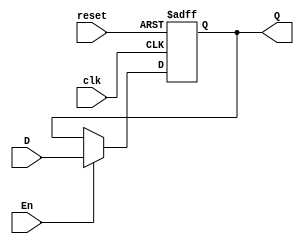
//Jonathan Pu c. 19249
//FF tipo D
//un bit
module FFD(input wire clk, reset, En, D, output reg Q);

    always@(posedge clk or posedge reset) begin
        if(reset)
            Q <= 1'b0;
        else if (En)
            Q <= D;
    end
endmodule

//dos bits
module FFD2(input wire clk, reset, En,
            input wire [1:0]D2,
            output wire [1:0]Q2);

    FFD a(clk, reset, En, D2[1], Q2[1]);
    FFD b(clk, reset, En, D2[0], Q2[0]);
endmodule

//cuatro bits
module FFD4(input wire clk, reset, En,
            input wire [3:0]D4,
            output wire [3:0]Q4);
    
    FFD2 a(clk, reset, En, D4[3:2], Q4[3:2]);
    FFD2 b(clk, reset, En, D4[1:0], Q4[1:0]);
endmodule

//8 bits con entrada de 8 y dos salidas de 4
module FFD8(input wire clk, reset, En,
            input wire [7:0]D8,
            output wire [3:0]Q8a,
            output wire [3:0]Q8b);
    FFD4 a(clk, reset, En, D8[7:4], Q8a);
    FFD4 b(clk, reset, En, D8[3:0], Q8b);
endmodule

//Jonathan Pu c. 19249
//Contador de 12 bits con enable y load

module cont12(
    input wire clk,
    input wire reset,
    input wire enable,
    input wire loact, //bit que activa la carga
    input wire [11:0]load, //carga de 12bits
    output reg [11:0]cont //salida de 12bits
    );

        always @(posedge clk or posedge reset or loact or load) begin //si LA y load cambia tambien se ejecuta el always
            if (reset)
                cont <= 12'b000000000000; //comienza en cero el contador
            else if (loact)
                cont <= load; //si el enable esta desactivado, el load pasa a la salida
            else if (enable)
                cont <= cont + 1; //a lo que tenia la salida se le suma 1
        end

endmodule

//Jonathan Pu c. 19249
//Memoria ROM 4kx8
module rom_mem(
    input wire [11:0]address, //direccion
    output wire [7:0]data
    ); 

    reg[7:0] my_mem [0:4095]; //8 bits de ancho, 4096 depth memory
    
    initial begin
        $readmemh("memory.list.txt", my_mem); //leer el archivo
    end
    assign data = my_mem[address]; //asignar a la salida la direccion
endmodule

module CircuitoA(input wire clk,
                reset,
                en_PC,
                en_Fetch,
                loact,
                input wire [11:0]load,
                output wire [3:0]instr,
                output wire [3:0]oprnd,
                output wire [7:0]program_byte /*sale de program ROM
                                              y entra a Fetch*/);
                                                      
    wire [11:0]cont;

cont12 a(clk, reset, en_PC, loact, load, cont);
rom_mem b(cont, program_byte);
FFD8 c(clk, reset, en_Fetch, program_byte, instr, oprnd);

endmodule